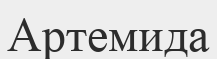
Артемида